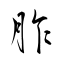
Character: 胙